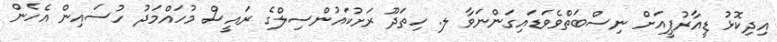
އިދިކޮޅު ޑީއާރުޕީއަށް ނިސްބަތްވެވަޑައިގަންނަވާ ލ. ހިތަދޫ ރަށުކައުންސިލްގެ ރައީސް މުހައްމަދު ހުސައިން އެހެން